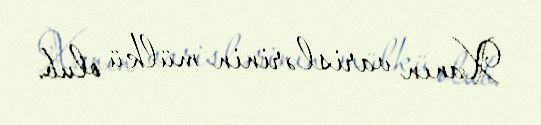
Xanın varislərinin mülkü olub.